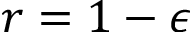
r = 1 - \epsilon